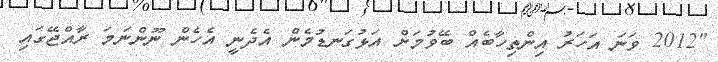
"2012 ވަނަ އަހަރު އިންތިހާބެއް ބޭވުމަށް އަޅުގަނޑުމެން އެދެނީ އެހެން ނޫންނަމަ ރާއްޖޭގައި